Annual report of the Punjab Veterinary College and of the Civil Veterinary Department, Punjab - 1920-1925
Year: 1920
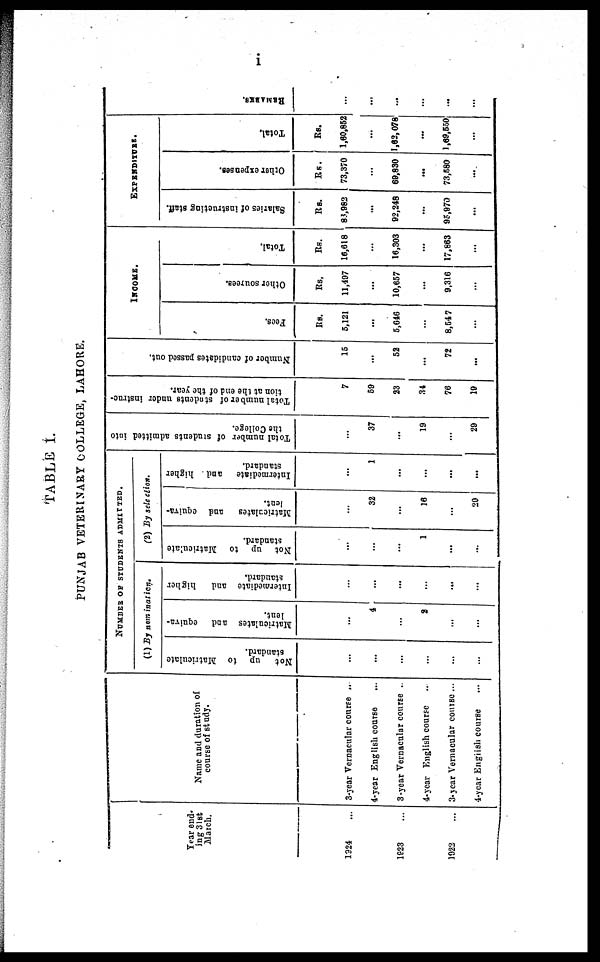
I
TABLE I.
PUNJAB VETERINARY COLLEGE, LAHORE.
Year end-
ing 31st
March.
1324 ...
1923 ...
1922
...
Name and duration of
course of study.
3-year Vernaeular course ...
4-year English course ...
3-year Vernacular course ..
4-year English course
3-year Vernacular course ...
4-year English course ...
(1)
Not up to Matriculate
standard.
...
...
...
...
...
...
NUMBER OF STUDENTS ADMITTED.
By nomination.
Matriculates and equiva-
lent.
...
4
...
2
...
...
Intermediate and higher
standard.
...
...
...
...
...
...
f2)
Not up to Matriculate
standard.
...
...
...
1
...
...
By sele ction.
Matriculates and equiva-
lent.
...
32
...
16
...
20
Intermediate and higher
standard.
...
1
...
...
...
...
Total number of students admitted into
the College.
...
37
...
19
...
20
Total number of stndents under instruc-
tion at the end of the year.
7
69
23
34
76
19
Number of candidates passed out.
15
...
52
...
72
...
Fees.
Rs.
5,121
...
5,646
...
8,547
...
INCOME.
Other sourees.
Rs,
11,497
...
10,657
...
9,316
...
Total.
RS.
16,618
...
16,303
...
17,863
...
EXPENDITURE.
Salaries of instructing staff.
Rs.
83,982
...
92,248
...
95,970
...
Other expenses.
Rs.
73,370
...
69,830
...
73,580
...
Total.
Rs.
1,60,852
...
1,62,078
...
1,69,550
...
REMARKS.
...
...
...
...
...
...